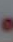
.